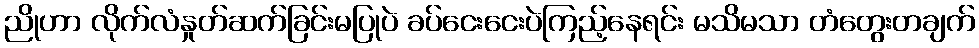
ညိုဟာ လိုက်လံနှုတ်ဆက်ခြင်းမပြုပဲ ခပ်ငေးငေးပဲကြည့်နေရင်း မသိမသာ တံတွေးတချက်